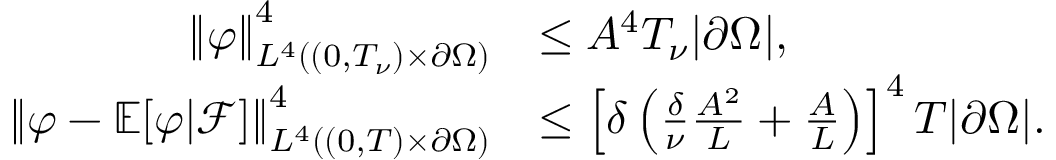
\begin{array} { r l } { \left\lVert \varphi \right\rVert _ { L ^ { 4 } ( ( 0 , T _ { \nu } ) \times \partial \Omega ) } ^ { 4 } } & { \le A ^ { 4 } T _ { \nu } | \partial \Omega | , } \\ { \left\lVert \varphi - \mathbb E [ \varphi | \mathcal F ] \right\rVert _ { L ^ { 4 } ( ( 0 , T ) \times \partial \Omega ) } ^ { 4 } } & { \le \left[ \delta \left( \frac \delta \nu \frac { A ^ { 2 } } L + \frac A L \right) \right] ^ { 4 } T | \partial \Omega | . } \end{array}